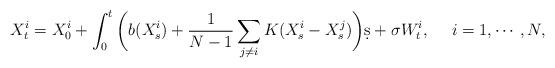
LaTeX: \begin{align*}X_t^i = X_0^i + \int_0^t\bigg(b(X_s^i) + \frac1{N-1}\sum_{j\neq i} K(X_s^i - X_s^j)\bigg)\d s + \sigma W_t^i,~~~~i=1,\cdots,N,\end{align*}